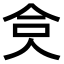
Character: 𠈏